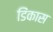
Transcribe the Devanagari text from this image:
डिंकास